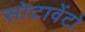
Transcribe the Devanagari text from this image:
सोटावेंटो